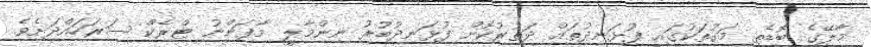
މާލޭގެ ބޮޑެތި މަގުތަކުގައި ފުޅަނދުތައް ދަތުރުކޮށް ފުޅަނދުބުރު ނިންމާލީ މާފަންނު ޓްރެކް ސަރަހައްދަށެވެ.